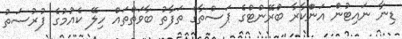
ޑިނާ ނައިޓުން އަންްކާރާ ބްރޭންޓްގެ ޕަސްތާގެ ތަފާތު ބާވަތްތައް ހިލޭ ކެއުމުގެ ފުރުސަތު